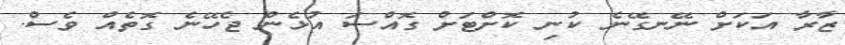
ޒާރާ އަކަށް ނޭނގޭނެ ކުނި ކޮށްޓަށް ގޮއްސަ އުޅެން ޖެހޭނެ ގޮތެއް ވެސް.